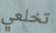
تخلعي